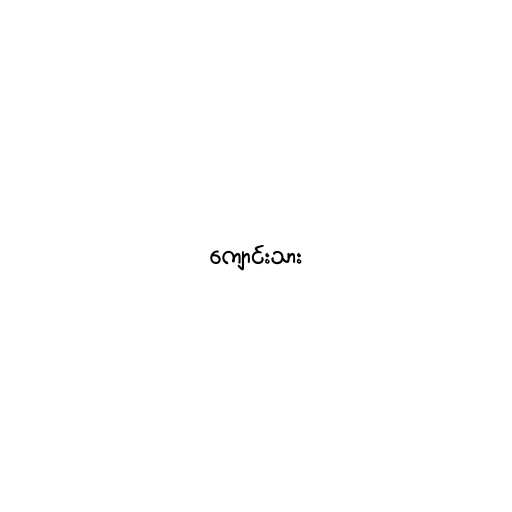
ကျောင်းသား